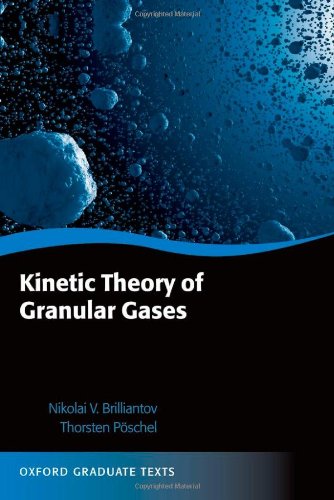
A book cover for Kinetic Theory of Granular Gases (Oxford Graduate Texts); Nikolai V. Brilliantov; Science & Math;